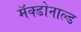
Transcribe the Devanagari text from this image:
मॅक्डोनाल्ड